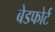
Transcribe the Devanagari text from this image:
बेडफोर्ट